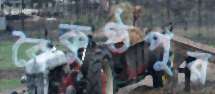
বৈকুণ্ঠপুর